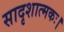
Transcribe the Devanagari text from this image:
सादृशात्मकः।